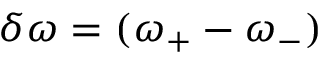
\delta \omega = ( \omega _ { + } - \omega _ { - } )